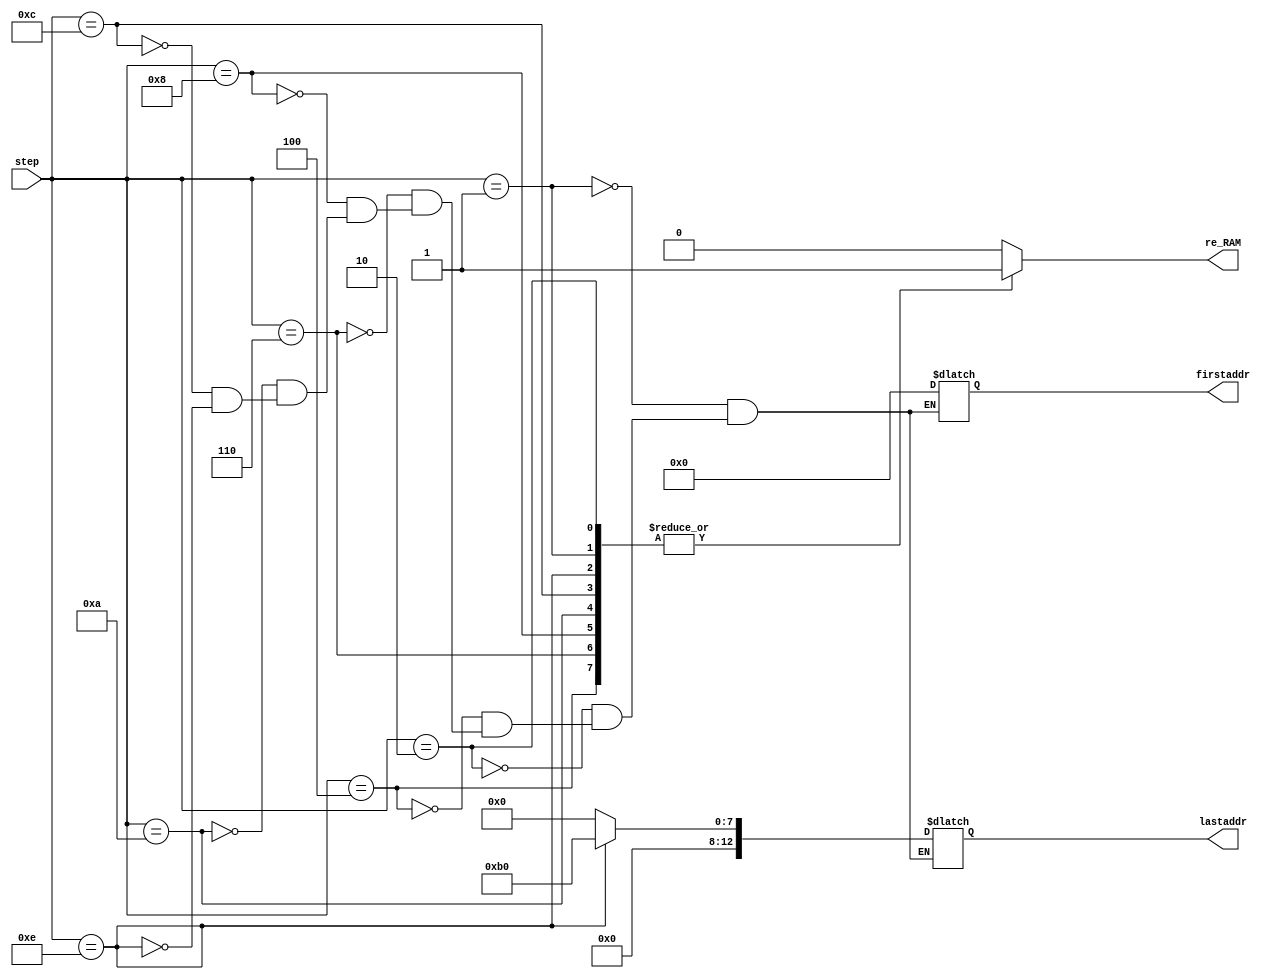
module addressRAM(
	input [4:0] step,
	output reg re_RAM,
	output reg [12:0] firstaddr, lastaddr
);
parameter picture_size = 0;
parameter convolution_size = 0;

parameter picture_storage_limit = picture_size*picture_size;
parameter convweight = picture_storage_limit + (1*4 + 4*4 + 4*8 + 8*8) * convolution_size;  // all convolution weights [784:1828]

parameter conv1 = picture_storage_limit + 1*4 * convolution_size;
parameter conv2 = picture_storage_limit + (1*4 + 4*4) * convolution_size;
parameter conv3 = picture_storage_limit + (1*4 + 4*4 + 4*8) * convolution_size;
parameter conv4 = picture_storage_limit + (1*4 + 4*4 + 4*8 + 8*8) * convolution_size;
parameter conv5 = picture_storage_limit + (1*4 + 4*4 + 4*8 + 8*8 + 8*16) * convolution_size;
parameter conv6 = picture_storage_limit + (1*4 + 4*4 + 4*8 + 8*8 + 8*16 + 16*16) * convolution_size;

parameter dense = conv6+176;

always @(step)
case (step)
1'd1: begin       //picture
		firstaddr = 0;
		lastaddr = picture_storage_limit;
		re_RAM = 1;
	  end 
2'd2: begin       //weights conv1 
		firstaddr = picture_storage_limit;
		lastaddr = conv1;
		re_RAM = 1;
	  end
3'd4: begin			//weights conv2
		firstaddr = conv1;
      lastaddr = conv2;
		re_RAM = 1;
      end		
3'd6: begin			//weights conv3
		firstaddr = conv2;
		lastaddr = conv3;
		re_RAM = 1;
	  end
4'd8: begin			//weights conv4
		firstaddr = conv3;
		lastaddr = conv4;
		re_RAM = 1;
		end
4'd10: begin		//weights conv5
		firstaddr = conv4;
		lastaddr = conv5;
		re_RAM = 1;
	  end
4'd12: begin		//weights conv6
		firstaddr = conv5;
		lastaddr = conv6;
		re_RAM = 1;
	  end
4'd14: begin		//weights conv7
		firstaddr = conv6;
		lastaddr =  dense;
		re_RAM = 1;
	  end
default:
			begin
				re_RAM = 0;
			end
endcase
endmodule